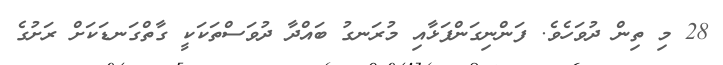
28 މި ތިން ދުވަހެވެ. ފަންނިގަންފަޅާއި މުރަނގު ބައްދާ ދުވަސްތަކަކީ ގާތްގަނޑަކަށް ރަށުގެ